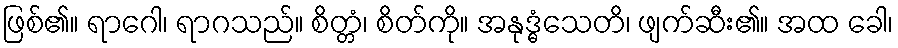
ဖြစ်၏။ ရာဂေါ၊ ရာဂသည်။ စိတ္တံ၊ စိတ်ကို။ အနုဒ္ဓံသေတိ၊ ဖျက်ဆီး၏။ အထ ခေါ၊